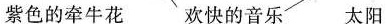
紫色的牵牛花 欢快的音乐 太阳